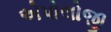
એપોલોજી